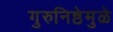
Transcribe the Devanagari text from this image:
गुरुनिष्ठेमुळे